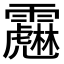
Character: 𩆱